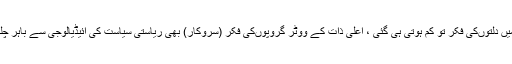
ایسے میں دلتوںکی فکر تو کم ہوتی ہی گئی ، اعلیٰ ذات کے ووٹر گروپوںکی فکر (سروکار) بھی ریاستی سیاست کی آئیڈیالوجی سے باہر چلی گئی۔